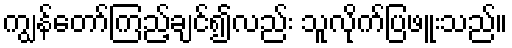
ကျွန်တော်ကြည့်ချင်၍လည်း သူလိုက်ပြဖူးသည်။